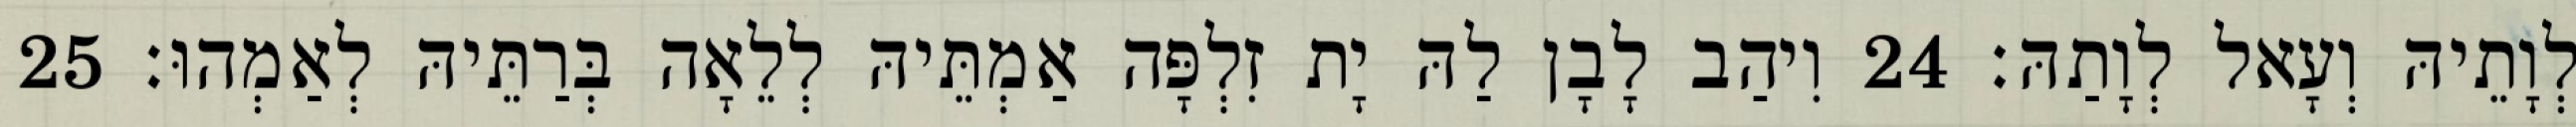
לְוָתֵיהּ וְעָאל לְוָתַהּ׃ 24 וִיהַב לָבָן לַהּ יָת זִלְפָּה אַמְתֵּיהּ לְלֵאָה בְּרַתֵּיהּ לְאַמְהוּ׃ 25